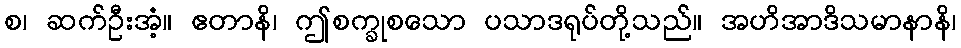
စ၊ ဆက်ဦးအံ့။ ဧတာနိ၊ ဤစက္ခုစသော ပသာဒရုပ်တို့သည်။ အဟိအာဒိသမာနာနိ၊